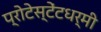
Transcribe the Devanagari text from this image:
प्रोटेस्टेंटधर्मी